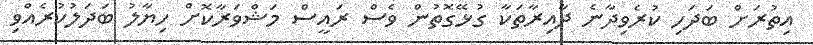
އިތުރަށް ބަދަހި ކުރެވިދާނެ ދާއިރާތަކާ ގުޅޭގޮތުން ވެސް ރައީސް މަޝްވަރާކޮށް ހިޔާލު ބަދަލުކުރެއްވި